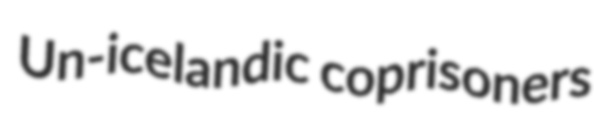
Un-icelandic coprisoners